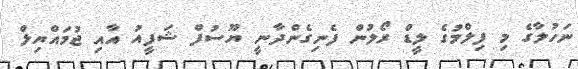
ނަހުލާގެ މި ފިލްމުގެ ލީޑް ރޯލުން ފެނިގެންދާނީ ޔޫސުފް ޝަފީއު އާއި ޖުމައްޔިލް